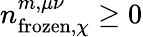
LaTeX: n_{\mathrm{frozen},\chi}^{m,\mu\nu}\geq 0